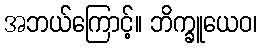
အဘယ်ကြောင့်။ ဘိက္ခူယေဝ၊